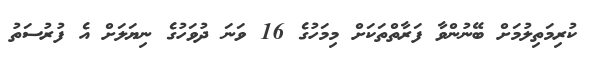
ކުރިމަތިލުމަށް ބޭނުންވާ ފަރާތްތަކަށް މިމަހުގެ 16 ވަނަ ދުވަހުގެ ނިޔަލަށް އެ ފުރުސަތު